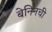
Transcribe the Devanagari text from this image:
बेनिनची